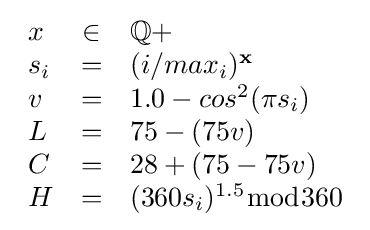
{\textstyle {\begin{array}{lcl}x&\in &\mathbb {Q+} \\s_{i}&=&(i/max_{i})^{\mathbf {x} }\\v&=&1.0-cos^{2}(\pi s_{i})\\L&=&75-(75v)\\C&=&28+(75-75v)\\H&=&(360s_{i})^{1.5}{\bmod {3}}60\end{array}}}